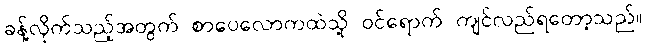
ခန့်လိုက်သည့်အတွက် စာပေလောကထဲသို့ ဝင်ရောက် ကျင်လည်ရတော့သည်။